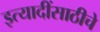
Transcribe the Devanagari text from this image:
इत्यादींसाठीचे